Report of the Municipal Commissioner on the plague in Bombay for the year ending 31st May... - Volume 1
Disease focus: Plague
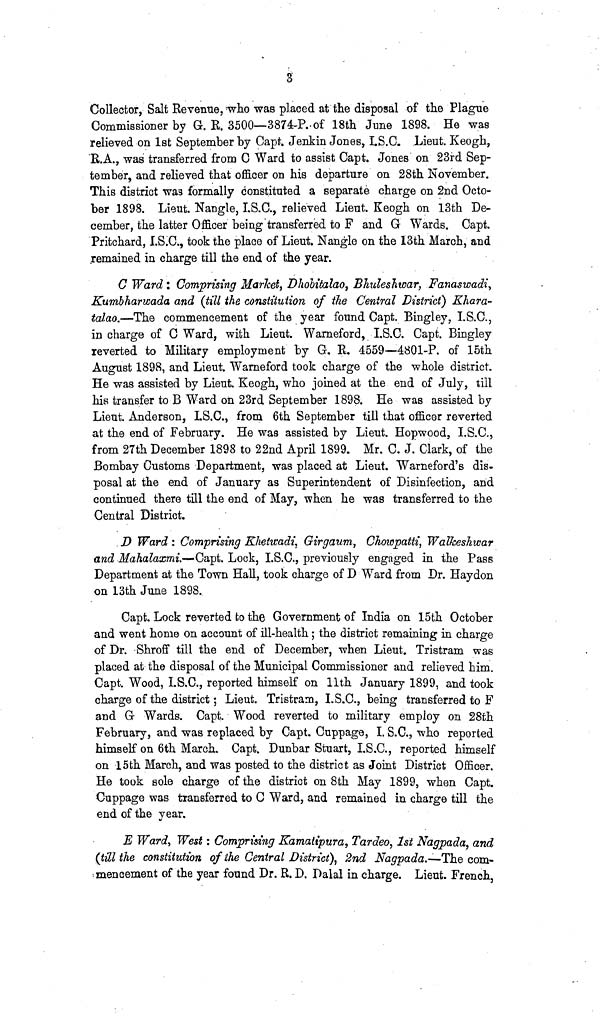
3
Collector, Salt Revenue, who was placed at the disposal of the Plague
Commissioner by G. R. 3500—3874-P. of 18th June 1898. He was
relieved on 1st September by Capt. Jenkin Jones, LS.C. .Lieut. Keogh,
R.A., was transferred from C Ward to assist Capt. Jones on 23rd Sep-
tember, and relieved that officer on his departure on 28th November.
This district wa3 formally constituted a separate charge on 2nd Octo-
ber 1898. Lieut. Nangle, I.S.C., relieved Lieut. Keogh on 13th De-
cember, the latter Officer being transferred to F and G Wards. Capt.
Pritchard, I.S.C., took the place of Lieut. Nangle on the 13th March, and
remained in charge till the end of the year.
C Ward : Comprising Market, Dhobitalao, Bhuleshwar, FanaswadiK
umbharwada and (till the constitution of the Central District) Khara-
talao.—The commencement of the year found Capt. Bingley, I.S.C.,
in charge of C Ward, with Lieut. Warneford, I.S.C. Capt. Bingley
reverted to Military employment by G. R. 4559—4801-P. of 15th
August 1898, and Lieut. Warneford took charge of the whole district.
He was assisted by Lieut. Keogh, who joined at the end of July, till
his transfer to B Ward on 23rd September 1898. He was assisted by
Lieut. Anderson, LS.C., from 6th September till that officer reverted
at the end of February. He was assisted by Lieut. Hopwood, I.S.C.,
from 27th December 1898 to 22nd April 1899. Mr. C. J. Clark, of the
Bombay Customs Department, was placed at Lieut. Warneford's dis-
posal at the end of January as Superintendent of Disinfection, and
continued there till the end of May, when he was transferred to the
Central District.
J) Ward : Comprising Rhetwadi, Girgaum, Choiopatti, Walheshwar
and Mahalaxmi.—Capt. Lock, I.S.C., previously engaged in the Pass
Department at the Town Hall, took charge of D Ward from Dr. Haydon
on 13th June 1898.
Capt. Lock reverted to the Government of India on 15th October
and went home on account of ill-health; the district remaining in charge
of Dr. Shroff till the end of December, when Lieut. Tristram was
placed at the disposal of the Municipal Commissioner and relieved him.
Capt. Wood, I.S.C., reported himself on llth January 1899, and took
charge of the district; Lieut. Tristram, I.S.O., being transferred to F
and G Wards. Capt. Wood reverted to military employ on 28th
February, and was replaced by Capt. Cuppage, I. S.C., who reported
himself on 6th March. Capt. Dunbar Stuart, I.S.C., reported himself
on 15th March, and was posted to the district as Joint District Officer.
He took sole charge of the district on 8th May 1899, when Capt.
Cuppage was transferred to C Ward, and remained in charge till the
end of the year.
E Ward, West: Comprising Kamatipura, Tardeo, 1st Nagpada, and
(till the constitution of the Central District), 2nd Nagpada.—The com-
mencement of the year found Dr. R. D. Dalai in charge. Lieut. French,